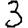
Digit: 3